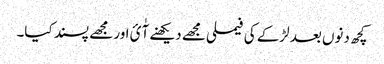
کچھ دنوں بعد لڑکے کی فیملی مجھے دیکھنے آٰئ اور مجھے پسند کیا۔